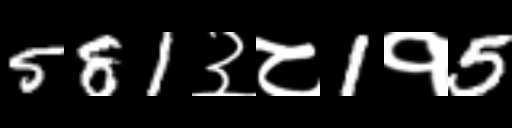
Text: 581३८1१5